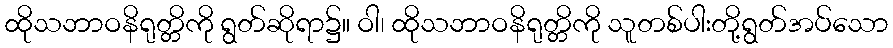
ထိုသဘာဝနိရုတ္တိကို ရွတ်ဆိုရာ၌။ ဝါ၊ ထိုသဘာဝနိရုတ္တိကို သူတစ်ပါးတို့ရွတ်အပ်သော